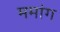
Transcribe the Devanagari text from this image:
ममांग